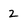
Character: 2